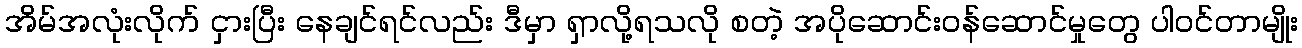
အိမ်အလုံးလိုက် ငှားပြီး နေချင်ရင်လည်း ဒီမှာ ရှာလို့ရသလို စတဲ့ အပိုဆောင်းဝန်ဆောင်မှုတွေ ပါဝင်တာမျိုး